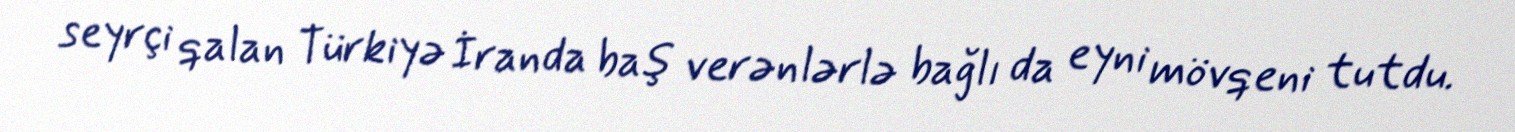
seyrçi qalan Türkiyə İranda baş verənlərlə bağlı da eyni mövqeni tutdu.